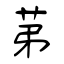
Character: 苐